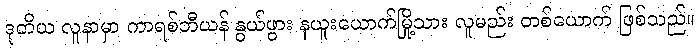
ဒုတိယ လူနာမှာ ကာရစ်ဘီယန် နွယ်ဖွား နယူးယောက်မြို့သား လူမည်း တစ်ယောက် ဖြစ်သည်။